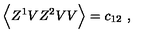
\Big \langle Z ^ { 1 } V Z ^ { 2 } V V \Big \rangle = c _ { 1 2 } \ ,